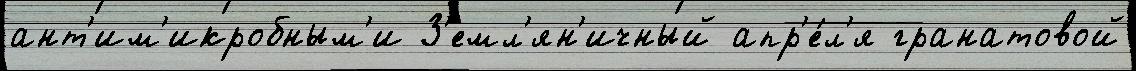
ант'им'икробным'и З'емл'ян'ичный апр'е́л'я гранатовой